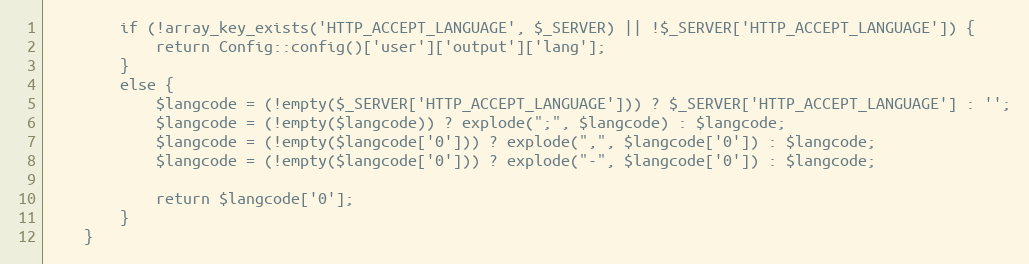
Language: PHP
        if (!array_key_exists('HTTP_ACCEPT_LANGUAGE', $_SERVER) || !$_SERVER['HTTP_ACCEPT_LANGUAGE']) {
            return Config::config()['user']['output']['lang'];
        }
        else {
            $langcode = (!empty($_SERVER['HTTP_ACCEPT_LANGUAGE'])) ? $_SERVER['HTTP_ACCEPT_LANGUAGE'] : '';
            $langcode = (!empty($langcode)) ? explode(";", $langcode) : $langcode;
            $langcode = (!empty($langcode['0'])) ? explode(",", $langcode['0']) : $langcode;
            $langcode = (!empty($langcode['0'])) ? explode("-", $langcode['0']) : $langcode;

            return $langcode['0'];
        }
    }